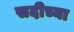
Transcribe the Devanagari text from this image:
सदीच्या